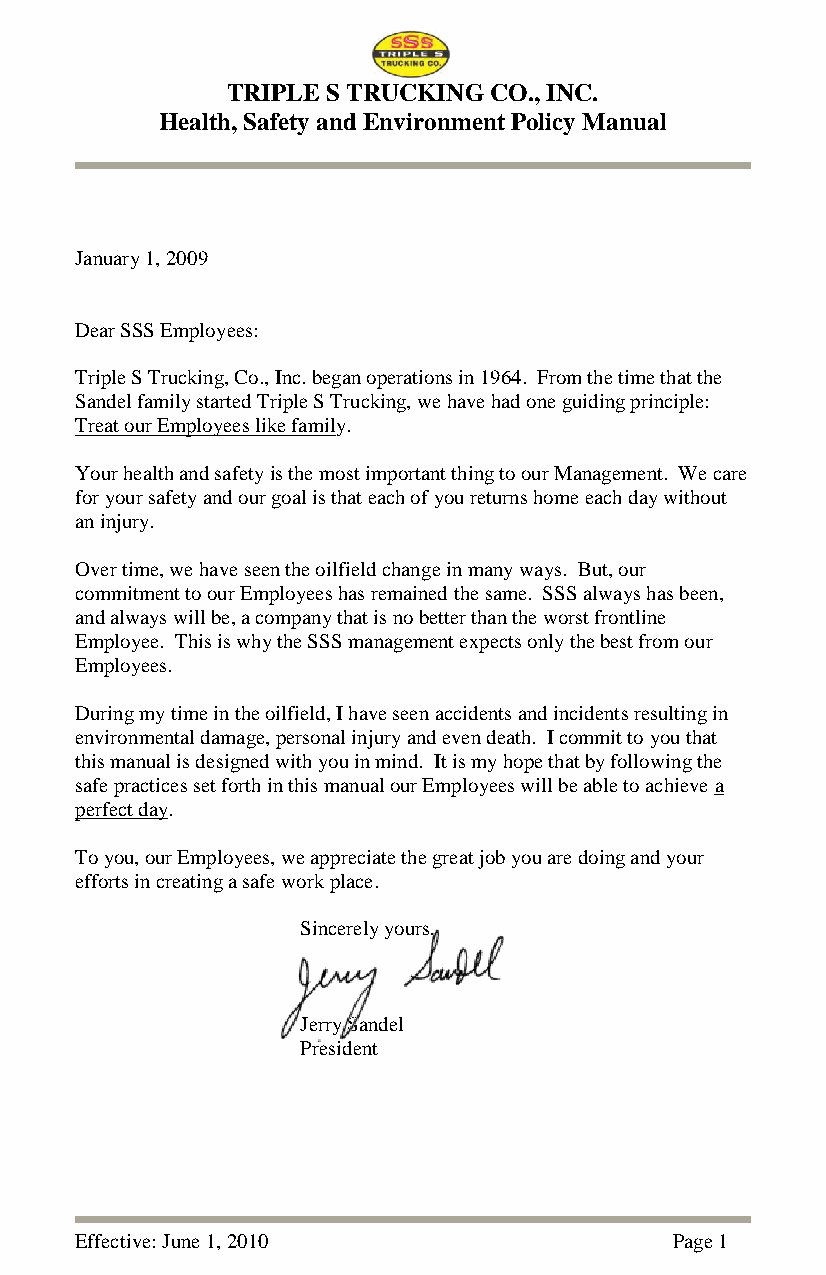
TRIPLE S TRUCKING CO., INC.
 Health, Safety and Environment Policy Manual
 January 1, 2009
 Dear SSS Employees:
 Triple S Trucking, Co., Inc. began operations in 1964. From the time that the
 Sandel family started Triple S Trucking, we have had one guiding principle:
 Treat our Employees like family.
 Your health and safety is the most important thing to our Management. We care
 for your safety and our goal is that each of you returns home each day without
 an injury.
 Over time, we have seen the oilfield change in many ways. But, our
 commitment to our Employees has remained the same. SSS always has been,
 and always will be, a company that is no better than the worst frontline
 Employee. This is why the SSS management expects only the best from our
 Employees.
 During my time in the oilfield, I have seen accidents and incidents resulting in
 environmental damage, personal injury and even death. I commit to you that
 this manual is designed with you in mind. It is my hope that by following the
 safe practices set forth in this manual our Employees will be able to achieve a
 perfect day.
 To you, our Employees, we appreciate the great job you are doing and your
 efforts in creating a safe work place.
 Sincerely yours,
 Jerry Sandel
 President
 Effective: June 1, 2010                Page 1